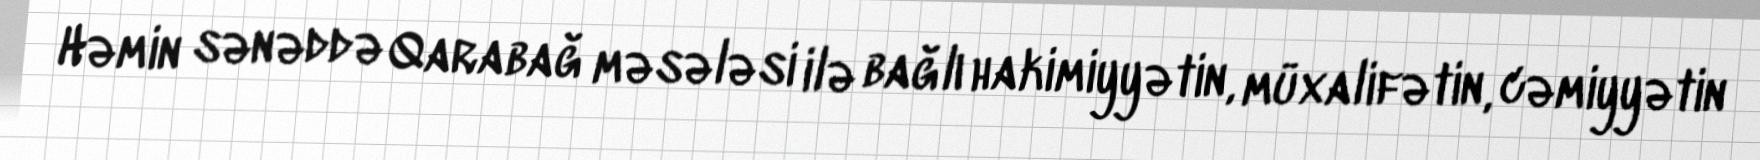
Həmin sənəddə Qarabağ məsələsi ilə bağlı hakimiyyətin, müxalifətin, cəmiyyətin